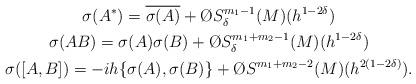
LaTeX: \begin{gather*}\sigma(A^*)=\overline{\sigma(A)}+\O{S^{m_1-1}_\delta(M)}(h^{1-2\delta})\\\sigma(AB)=\sigma(A)\sigma(B)+\O{S^{m_1+m_2-1}_{\delta}(M)}(h^{1-2\delta})\\\sigma([A,B])=-ih\{\sigma(A),\sigma(B)\}+\O{S^{m_1+m_2-2}(M)}(h^{2(1-2\delta)}).\end{gather*}